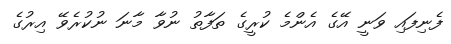
ފެނިފައި ވަނީ އޭގެ އެންމެ ކުރީގެ ތަފާތު ނުވާ މާނަ ނުކުރެވޭ އިރުގެ